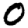
Digit: 0